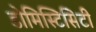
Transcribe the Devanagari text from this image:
डोमिस्टिसिटी